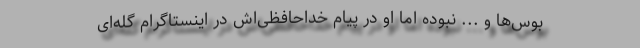
بوس‌ها و ... نبوده اما او در پیام خداحافظی‌اش در اینستاگرام گله‌ای